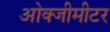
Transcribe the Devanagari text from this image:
ओक्जीमीटर